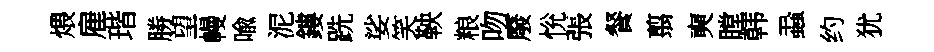
煨雇瑎勝望幔喩泥鏤跣娑笑鞅粮吻廢恱張餐翦奭瞠韩蝨约犹